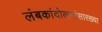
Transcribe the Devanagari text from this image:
लंबकांदोलनांसारख्या